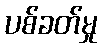
ပစ်ခတ်မှု